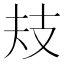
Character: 𢺻